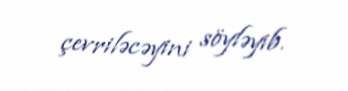
çevriləcəyini söyləyib.